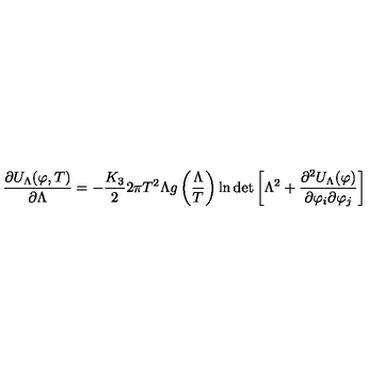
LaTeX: \frac { \partial U _ { \Lambda } ( \varphi , T ) } { \partial \Lambda } = - \frac { K _ { 3 } } { 2 } 2 \pi T ^ { 2 } \Lambda g \left( \frac { \Lambda } { T } \right) \ln \det \left[ \Lambda ^ { 2 } + \frac { \partial ^ { 2 } U _ { \Lambda } ( \varphi ) } { \partial \varphi _ { i } \partial \varphi _ { j } } \right]